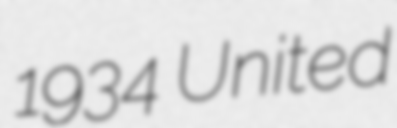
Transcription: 1934 United